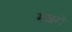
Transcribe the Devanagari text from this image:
मछरों